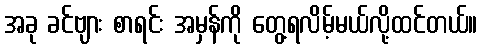
အခု ခင်ဗျား စာရင်း အမှန်ကို တွေ့ရလိမ့်မယ်လို့ထင်တယ်။